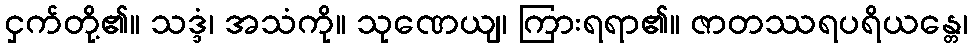
ငှက်တို့၏။ သဒ္ဒံ၊ အသံကို။ သုဏေယျ၊ ကြားရရာ၏။ ဇာတဿရပရိယန္တေ၊